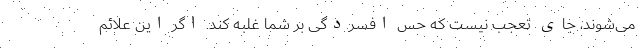
می‌شوند، جای تعجب نیست که حس افسردگی بر شما غلبه کند. اگر این علائم